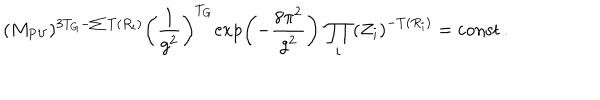
( M _ { \mathrm { P V } } ) ^ { 3 T _ { G } - \sum T ( R _ { i } ) } \left( \frac { 1 } { g ^ { 2 } } \right) ^ { T _ { G } } \! \exp \left( - \frac { 8 \pi ^ { 2 } } { g ^ { 2 } } \right) \, \prod _ { i } \left( Z _ { i } \right) ^ { - T ( R _ { i } ) } = \mathrm { c o n s t } \, .